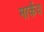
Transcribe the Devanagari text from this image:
मार्केय